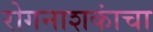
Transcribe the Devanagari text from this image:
रोगनाशकांचा